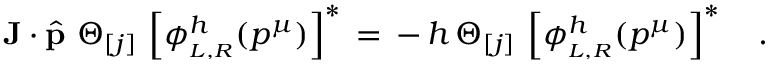
{ \bf J } \cdot \widehat { \bf p } \, \, \Theta _ { [ j ] } \, \left[ \phi _ { _ { L , R } } ^ { h } ( { p } ^ { \mu } ) \right] ^ { \ast } \, = \, - \, h \, \Theta _ { [ j ] } \, \left[ \phi _ { _ { L , R } } ^ { h } ( { p } ^ { \mu } ) \right] ^ { \ast } \quad .